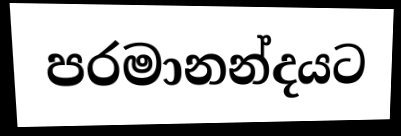
පරමානන්දයට